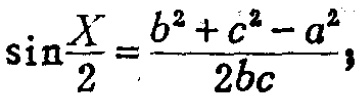
\(\sin\frac{X}{2}=\frac{b^{2}+c^{2}-a^{2}}{2bc},\)